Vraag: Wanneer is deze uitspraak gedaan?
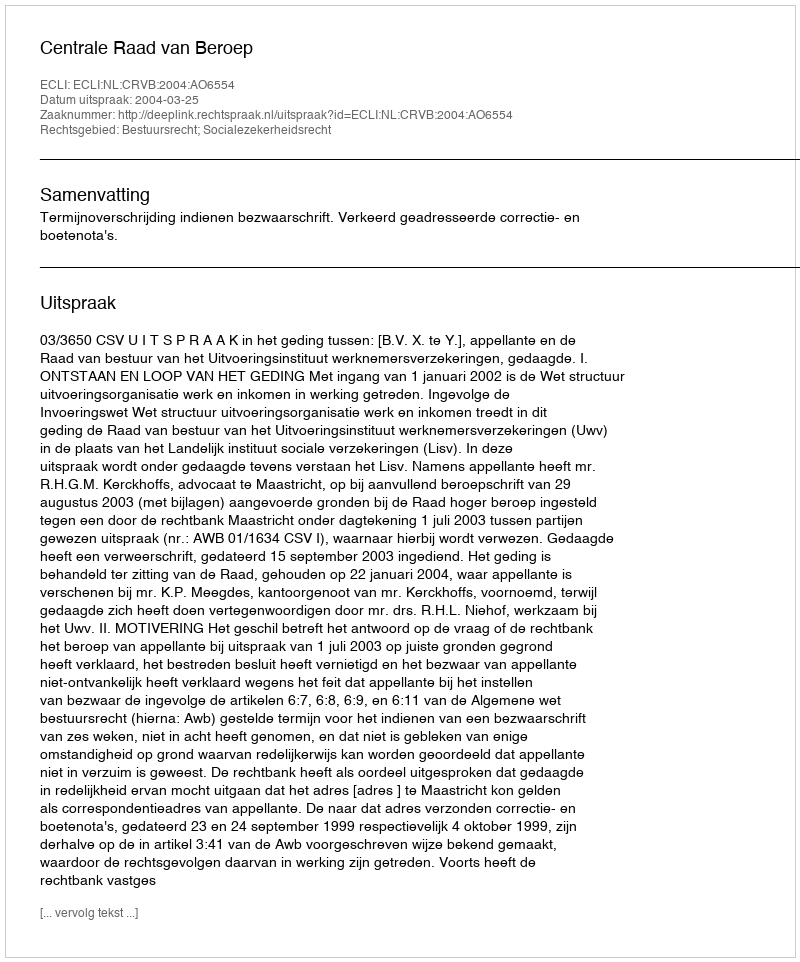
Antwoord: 2004-03-25